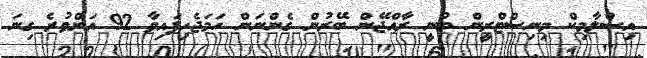
އިސްލާމިކް މިނިސްޓްރީން ބުނީ ރާއްޖޭން ބޭރުން ގެންނަން ހަމަޖެހިފައިވާ 92 އަށްވުރެ ގިނަ